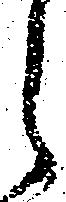
之